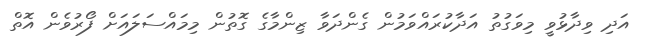
އަދި ވިދާޅުވީ މިވަގުތު އަދާކުރައްވަމުން ގެންދަވާ ޒިންމާގެ ގޮތުން މިމައްސަލައަށް ފޯރުވެން އޮތް